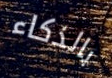
بالذكاء